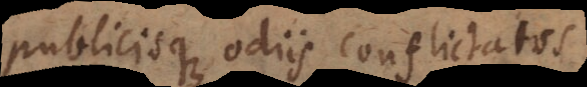
publicisque odiis conflictatos,